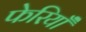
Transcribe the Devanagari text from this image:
फेरियाँ